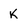
Character: k